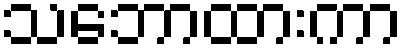
သဘောထားကာ